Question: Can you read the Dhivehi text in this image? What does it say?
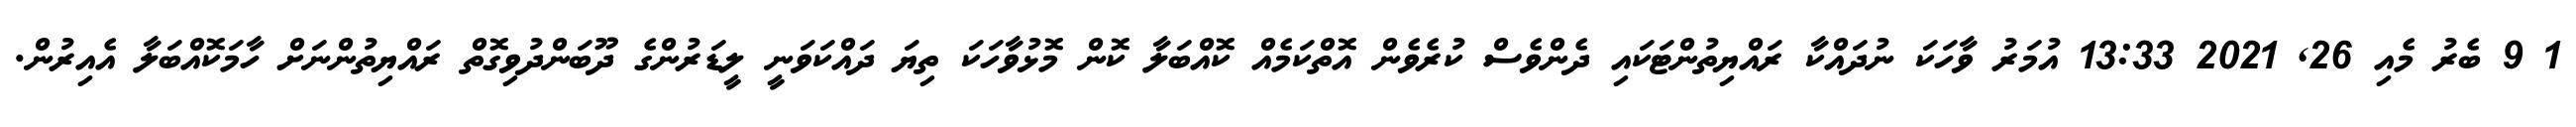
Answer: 1 9 ބެރު މެއި 26, 2021 13:33 އުމަރު ވާހަކަ ނުދައްކާ ރައްޔިތުންޓަކައި ދެންވެސް ކުރެވެން އޮތްކަމެއް ކޮއްބަލާ ކޮން މޮޅުވާހަކަ ތިޔަ ދައްކަވަނީ ލީޑަރުންގެ ދޫބަންދުވިގޮތް ރައްޔިތުންނަށް ހާމަކޮއްބަލާ އެއިރުން.